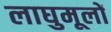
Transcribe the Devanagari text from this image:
लाघुमूलों